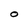
Character: O